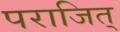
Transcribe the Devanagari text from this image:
पराजित्